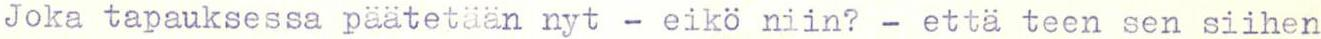
Joka tapauksessa päätetään nyt - eikö niin? - että teen sen siihen